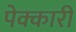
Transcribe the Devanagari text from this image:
पेक्कारी